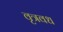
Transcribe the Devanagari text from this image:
वृत्रवध